system: You are a helpful assistant.
user:
Analyze the provided spectrum to determine if it is a **"Cataclysmic Variables (CV)"**.

- **Key Indicators for CV (Check for either state):**
    - **State 1: Quiescent / Low-State (Emission-Dominated)**
        - **(Primary):** Strong and *very broad* Hydrogen Balmer emission lines (e.g., $H\alpha$ at 6563 Å, $H\beta$ at 4861 Å). The 'broadness' (high velocity dispersion, often FWHM > 1000 km/s) is the key diagnostic, indicating a high-velocity accretion disk.
        - **(Secondary):** Broad neutral Helium (He I) emission lines (e.g., 5876 Å, 6678 Å).
        - **(Key Confirmation):** Presence of high-excitation *ionized* Helium (He II) emission at 4686 Å. This is a strong indicator of accretion onto a white dwarf.
        - **(Line Profile):** Emission lines may exhibit a 'double-peaked' profile, which is a classic signature of a rotating accretion disk viewed at high inclination.

    - **State 2: Outburst / High-State (Absorption-Dominated)**
        - **(Primary):** Spectrum is dominated by a bright, blue continuum (looks like a hot star).
        - **(Secondary):** The emission lines from State 1 are weak, absent, or 'filled in', and are replaced by broad, shallow *absorption* lines (primarily Balmer and He I).
        - **(Morphology):** The overall spectrum mimics a hot B/A-type star. The crucial difference is that the absorption lines are significantly broader, shallower, and more 'washed-out' (or 'smeared') than the sharp lines of a normal stellar photosphere, due to high rotational speeds and pressure broadening in the disk.

Think first, call **spectral_visualization_tool** if needed to examine features in detail, then provide your final answer. Your response must adhere to the following strict rules:
1.  **Overall Structure:** Your response must follow the format `<think>...</think> <tool_call>...</tool_call> (if a tool is used) <answer>...</answer>`.
2.  **Tool Usage Constraint:** You may only make **one** tool call per turn.
3.  **Final Answer Format:** In the `<answer>` tag, your conclusion must be inside a `\boxed{}` command (e.g., `\boxed{YES}`), followed by your justification.

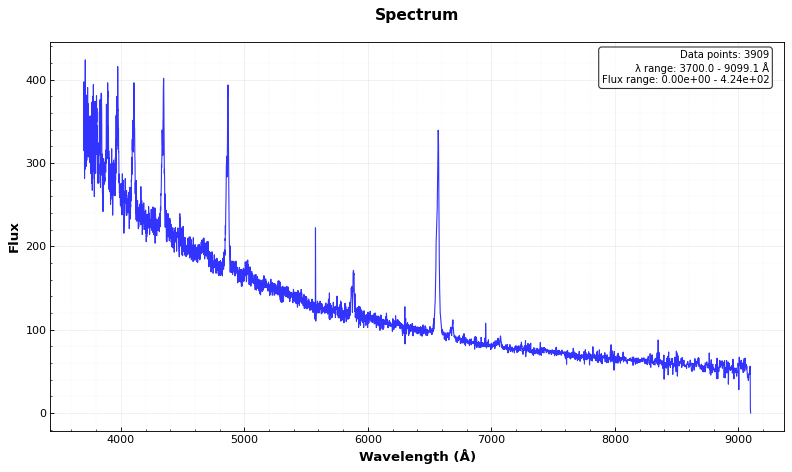
Answer: YES